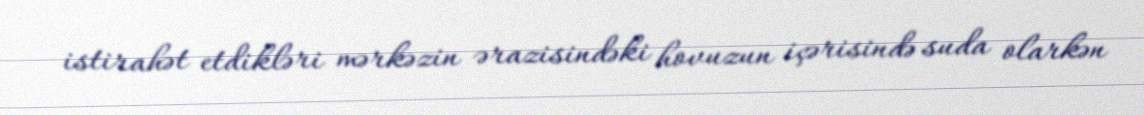
istirahət etdikləri mərkəzin ərazisindəki hovuzun içərisində suda olarkən